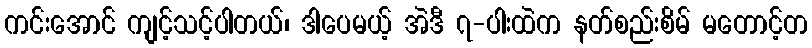
ကင်းအောင် ကျင့်သင့်ပါတယ်၊ ဒါပေမယ့် အဲဒီ ၇-ပါးထဲက နတ်စည်းစိမ် မတောင့်တ